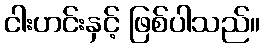
ငါးဟင်းနှင့် ဖြစ်ပါသည်။